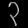
Digit: ၃